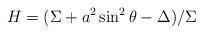
LaTeX: \begin{align*}H=(\Sigma + a^2\sin^2\theta -\Delta)/\Sigma\end{align*}